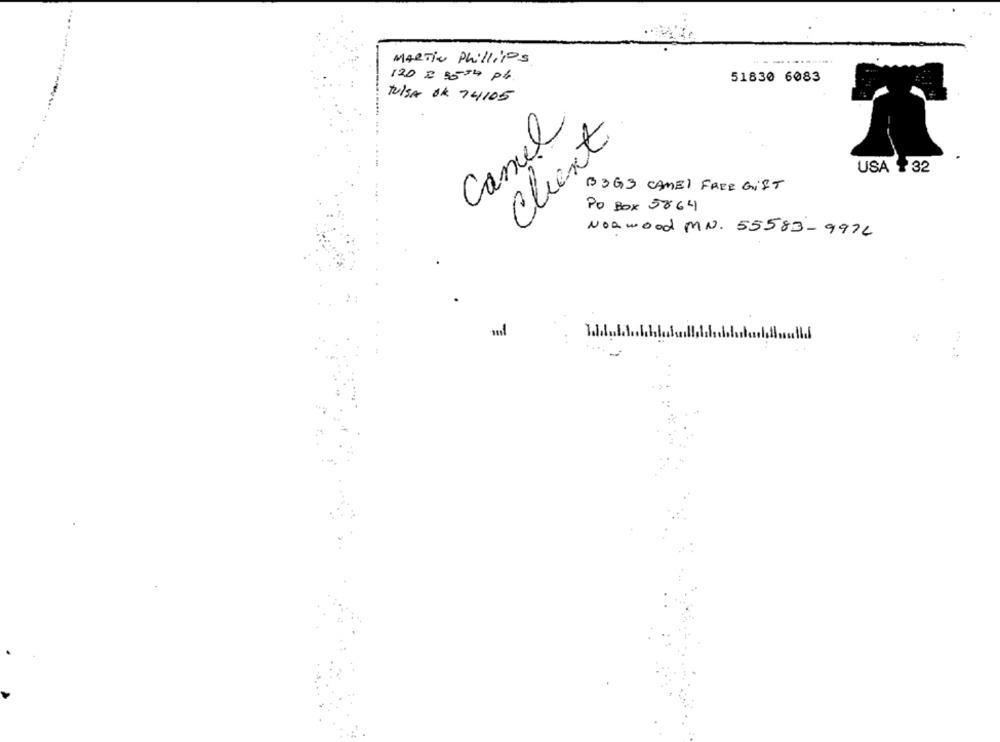
MARTIN Phillips
120 = 35 34 Pt.
51830 6083
Tulsa ok 74105
Camel
Client
USA 32
B363 CAMEL FREE GIFT
Po Box 5864
Norwood MN. 55583-997L